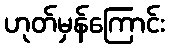
ဟုတ်မှန်ကြောင်း